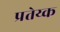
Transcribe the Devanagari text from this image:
प्रतेय्क